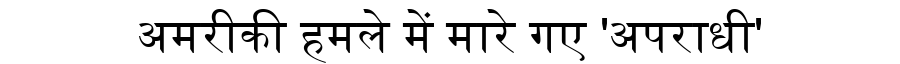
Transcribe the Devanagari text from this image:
अमरीकी हमले में मारे गए 'अपराधी'